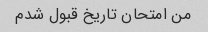
من امتحان تاریخ قبول شدم